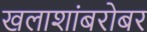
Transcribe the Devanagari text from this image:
खलाशांबरोबर